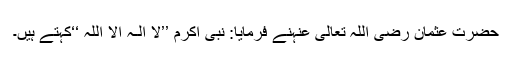
حضرت عثمان رَضِیَ اللہُ تَعَالٰی عَنْہُنے فرمایا: نبی اکرم ’’لَآ اِلٰـہَ اِلَّا اللہُ ‘‘کہتے ہیں۔